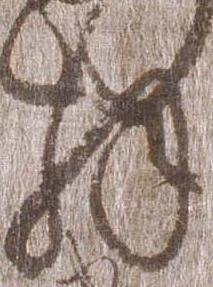
解